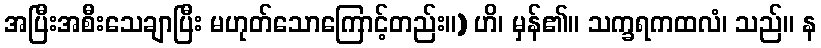
အပြီးအစီးသေချာပြီး မဟုတ်သောကြောင့်တည်း။) ဟိ၊ မှန်၏။ သက္ခရကထလံ၊ သည်။ န